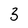
Character: 3